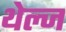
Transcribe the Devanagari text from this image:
थेल्ज